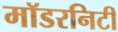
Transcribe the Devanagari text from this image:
मॉडरनिटी